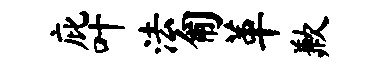
庇叶法匍革歉